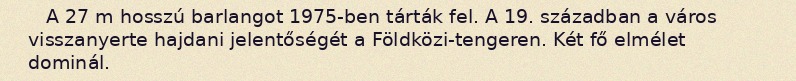
A 27 m hosszú barlangot 1975-ben tárták fel. A 19. században a város visszanyerte hajdani jelentőségét a Földközi-tengeren. Két fő elmélet dominál.